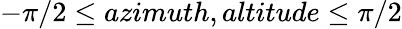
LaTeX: -\pi/2\leq azimuth,altitude\leq\pi/2